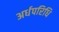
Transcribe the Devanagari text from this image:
अर्धपरिधि